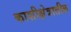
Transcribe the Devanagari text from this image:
काशीक्षेत्रातील